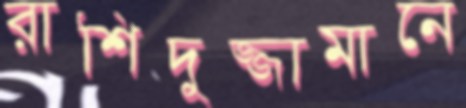
রাশিদুজ্জামানে